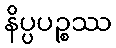
နိပ္ပပဉ္စဿ